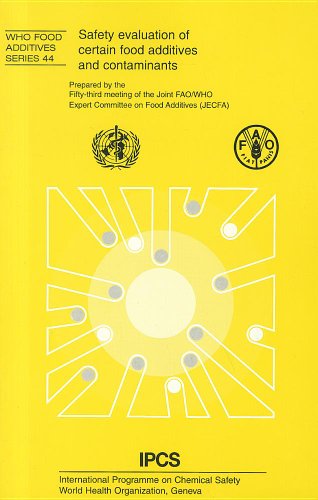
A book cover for Safety Evaluation of Certain Food Additives and Contaminants: Fifty-third Meeting of the Joint FAO/WHO Expert Committee on Food Additives (WHO Food Additives Series); World Health Organization; Health, Fitness & Dieting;